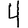
Digit: 4